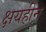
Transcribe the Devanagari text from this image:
क्षयहीन